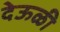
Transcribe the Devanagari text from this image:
देऊळी